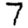
Digit: 7